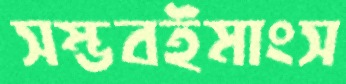
সম্ভবইমাংস